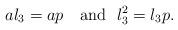
LaTeX: \begin{align*} al_3=ap \ \ \ {\rm and} \ \ l_3^2=l_3p.\end{align*}